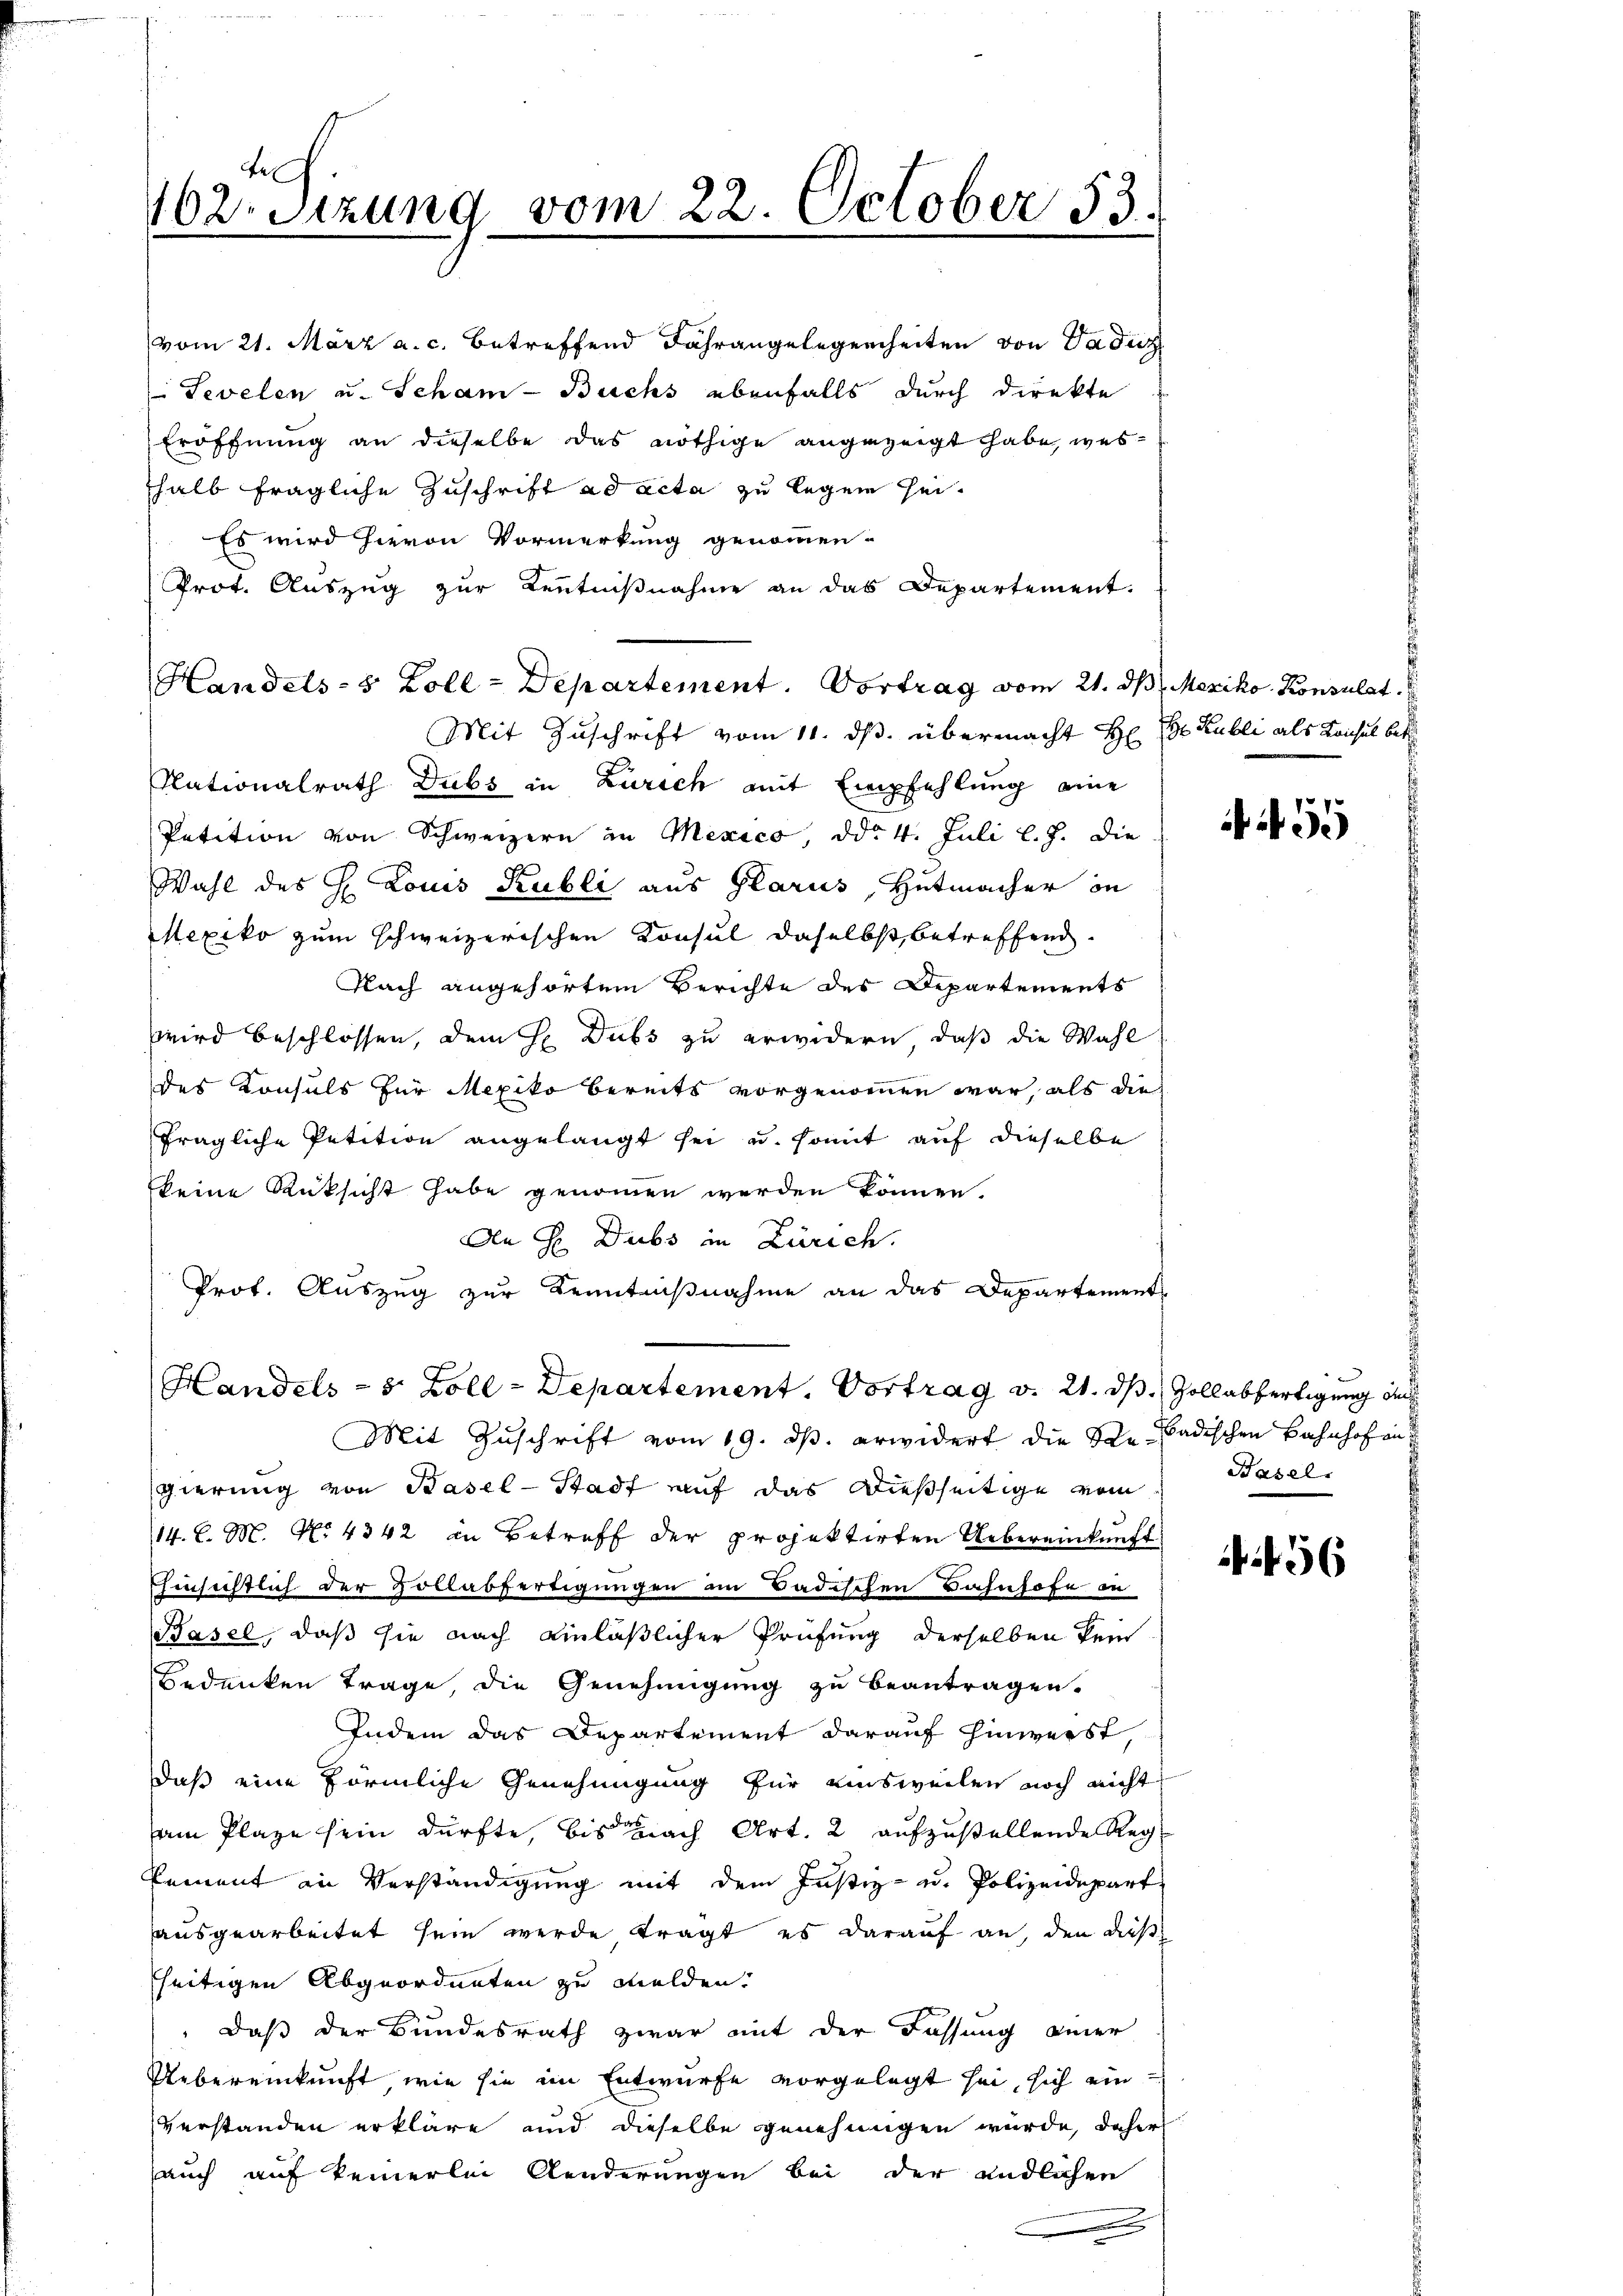
tel
162. Sitzung vom 22. October 53.

vom 21. März a. c. betreffend Fahrangelegenheiten von Vadicz
Tevelen u. Scham - Buchs ebenfalls durch direkte
Eröffnung an dieselbe das nöthige angezeigt habe, westhalb fragliche Zuschrift ad acta zu legen sei.
Es wird hievon Vormerkung genommen.
Prot. Auszug zur Kenntniβnahme an das Departement.
Mit Zuschrift vom 11. ds. übermacht H. Dr Publi als Kaisel betr
Nationalrath Dubs in Zürich mit Empfehlung eine
Petition von Schweizern in Mexico, ddo 4. Juli l. J. die
Wahl des H. Louis Kubli aus Glarus, Hutmacher in
Mexiko zum schweizerischen Konsul daselbst betreffend
Nach angehörtem Berichte des Departements
wird beschlossen, dem H Dubs zu erwidern, daß die Wahl
des Konsuls für Mexiko bereits vorgenommen war, als die
fragliche Petition angelangt sei u. somit auf dieselbe
keine Rücksicht habe genommen werden können.
Den H Dubs in Zürich.
Prot. Auszug zur Kenntnißnahme an das Departements
Handels- 5 Zoll-Departement. Vortrag v. 21. ds Vollabfertigung der
Mit Zuschrift vom 19. ds. erwidert die Ste badischen Bahnhofen
gierung von Basel-Stadt auf das dießseitige vom
14. d. M. No. 4342 in Betreff der projektirten Uebereinkunft
hinsichtlich der Zollabfertigungen im Badischen Bahnhofe in
Basel, daß sie nach einläßlicher Prüfung derselben kein
Bedenken trage, die Genehmigung zu beantragen.
Indem das Departement darauf hinwerkt,
daß eine förmliche Genehmigung für einsweilen noch nicht
am Plaze sein dürfte, bis nach Art. 2 aufzustellende Reg
Pement an Verständigung mit dem Justiz- u. Polizeidepart
ausgearbeitet sein werde tragt, es darauf an, den dieß
fseitigen Abgeordneten zu melden.
 daß der Bundesrath zwar mit der Fassung einer
Uebereinkunft, wie sie im Entwurfe vorgelegt sei, sich ein
verstanden erkläre und dieselbe genehmigen wurde, daher
auch auf keinerlei Aenderungen bei der endlichen

Handels- 5 Zoll-Departement. Vortrag vom 21. d. Mexiko. Konsulat

55

Basel.

6